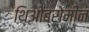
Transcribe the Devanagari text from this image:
थिओब्रोमीन